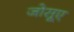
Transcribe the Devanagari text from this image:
जोसूए